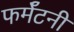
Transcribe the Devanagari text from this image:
फर्मॅटनी